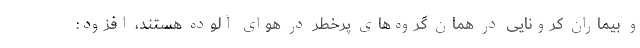
و بیماران کرونایی در همان گروه‌های پرخطر در هوای آلوده هستند، افزود: